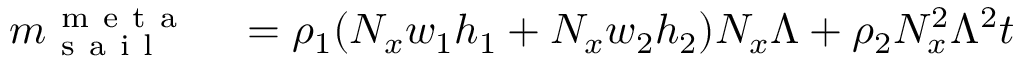
\begin{array} { r l } { m _ { \mathrm { ~ s ~ a ~ i ~ l ~ } } ^ { \mathrm { ~ m ~ e ~ t ~ a ~ } } } & { { } = \rho _ { 1 } ( N _ { x } w _ { 1 } h _ { 1 } + N _ { x } w _ { 2 } h _ { 2 } ) N _ { x } \Lambda + \rho _ { 2 } N _ { x } ^ { 2 } \Lambda ^ { 2 } t } \end{array}